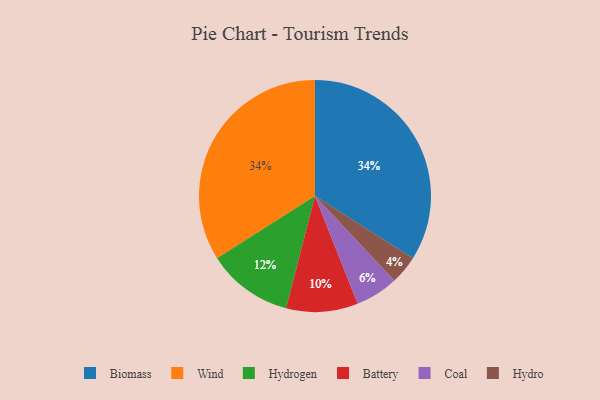
{"axis": {"x": "Category", "y": "Percentage"}, "legend": ["Battery", "Biomass", "Coal", "Hydro", "Hydrogen", "Wind"], "data": [{"x": "Battery", "y": 10, "type": "Battery"}, {"x": "Hydro", "y": 4, "type": "Hydro"}, {"x": "Hydrogen", "y": 12, "type": "Hydrogen"}, {"x": "Biomass", "y": 34, "type": "Biomass"}, {"x": "Coal", "y": 6, "type": "Coal"}, {"x": "Wind", "y": 34, "type": "Wind"}]}